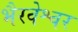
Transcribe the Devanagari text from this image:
भैरवेश्वर